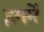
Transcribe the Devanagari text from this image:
इममें